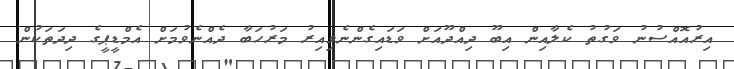
އިރުއޮއްސުނު ވަގުތު ކެލާއިން އިބޫ ދިއްދޫއަށް ވަޑައިގެންނެވިއިރު މަރުހަބާ ދެއްނެވުމަށް އެމްޑީޕީގެ ދިދަތަކުން